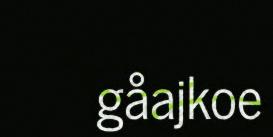
gåajkoe